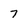
Character: 7